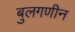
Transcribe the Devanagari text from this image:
बुलगणीन